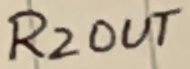
Text: R2OUT